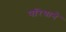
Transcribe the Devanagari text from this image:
परिघाने